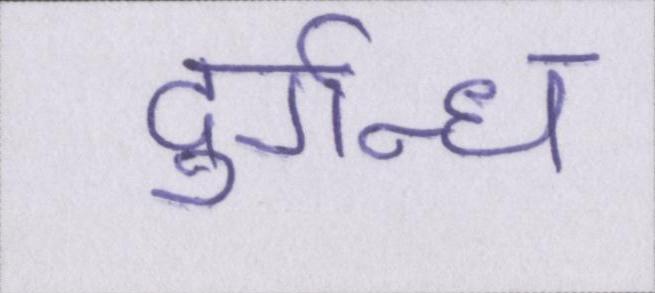
दुर्गन्ध